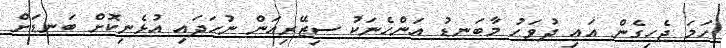
ހަމަ ޖެހިގެން އައި ދުވަހު މާބަނޑު އަންހެނަކު ސިޒޭރިއަން ނުހަދައި އުޅެނިކޮށް ބަނޑަށް